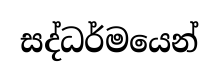
සද්ධර්මයෙන්